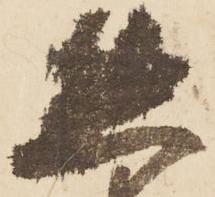
熊